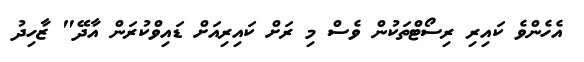
އެހެންވެ ކައިރި ރިސޯޓްތަކުން ވެސް މި ރަށް ކައިރިއަށް ޑައިވްކުރަން އާދޭ" ޒާހިދު